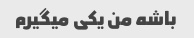
باشه من یکی میگیرم